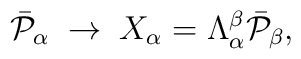
\bar{{\cal P}}_{\alpha}\;\rightarrow\;X_{\alpha}=\Lambda_{\alpha}^{\beta}\bar{{\cal P}}_{\beta},